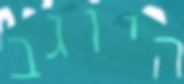
היוגב